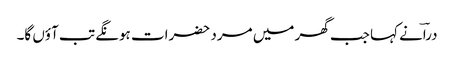
دراؔنے کہا جب گھر میں مرد حضرات ہونگے تب آؤں گا۔